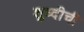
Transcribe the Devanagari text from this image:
शुध्दीची